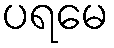
ပရမေ